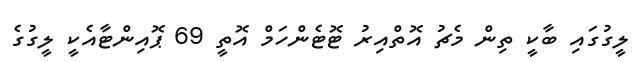
ލީގުގައި ބާކީ ތިން މެޗު އޮތްއިރު ޓޮޓެންހަމް އޮތީ 69 ޕޮއިންޓާއެކީ ލީގުގެ